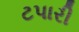
ટપારી